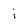
Character: i